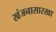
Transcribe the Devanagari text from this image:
खंजनासारखा